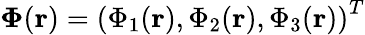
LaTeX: \mathbf{\Phi}(\mathbf{r})=\left(\Phi_{1}(\mathbf{r}),\Phi_{2}(\mathbf{r}),\Phi_{3}(\mathbf{r})\right)^{T}